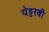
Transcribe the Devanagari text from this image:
येट्टरबी